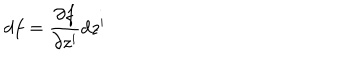
d f = \frac { \partial f } { \partial z ^ { i } } d z ^ { i }